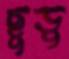
ছুডু